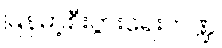
မြန်မာ့စီးပွားရေးကဏ္ဍ